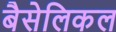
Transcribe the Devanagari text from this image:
बैसेलिकल